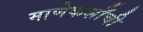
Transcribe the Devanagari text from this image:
माणेकशाँची